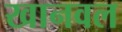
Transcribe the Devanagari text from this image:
खानवल